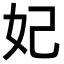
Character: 妃